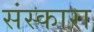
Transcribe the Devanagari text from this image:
संस्कारा